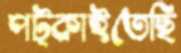
পট্‌কাইতেছি